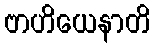
ဗာဟိယေနာတိ